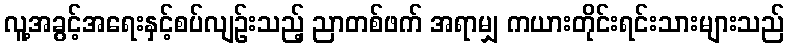
လူ့အခွင့်အရေးနှင့်စပ်လျဉ်းသည့် ညာတစ်ဖက် အရာမျှ ကယားတိုင်းရင်းသားများသည်